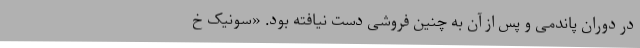
در دوران پاندمی و پس از آن به چنین فروشی دست نیافته بود. «سونیک خ